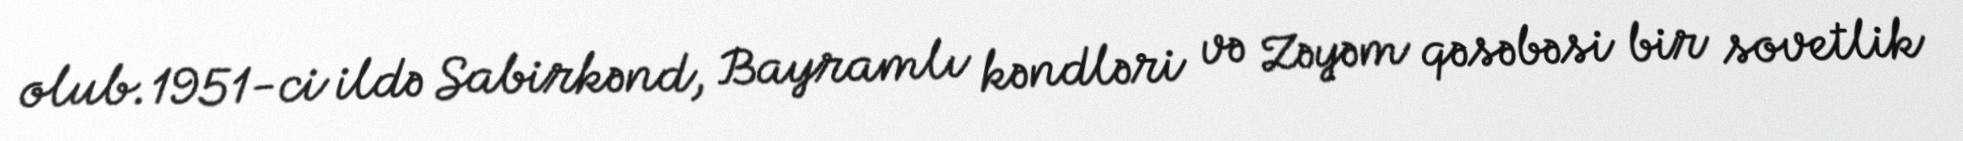
olub.1951-ci ildə Sabirkənd, Bayramlı kəndləri və Zəyəm qəsəbəsi bir sovetlik